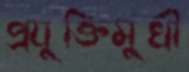
প্রযুক্তিমুখী